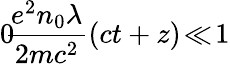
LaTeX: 0\! \le\! \frac{e^{2}n_{0}\lambda}{2mc^{2}}(ct+z)\! \ll\! 1